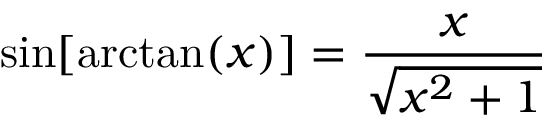
\sin [ \arctan ( x ) ] = { \frac { x } { \sqrt { x ^ { 2 } + 1 } } }